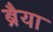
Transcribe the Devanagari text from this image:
ब्रैया